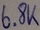
Text: 6.8K